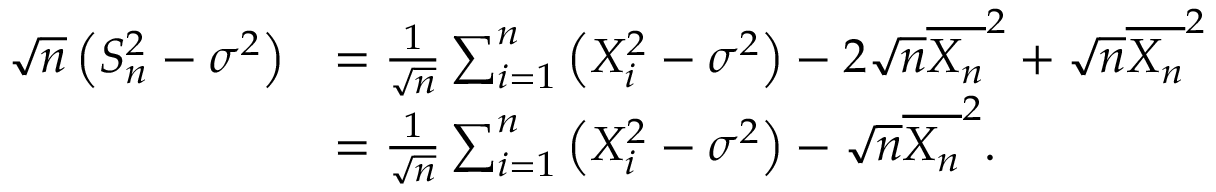
\begin{array} { r l } { \sqrt n \left( S _ { n } ^ { 2 } - \sigma ^ { 2 } \right) } & { = \frac 1 { \sqrt n } \sum _ { i = 1 } ^ { n } \left( X _ { i } ^ { 2 } - \sigma ^ { 2 } \right) - 2 \sqrt n \overline { { X _ { n } } } ^ { 2 } + \sqrt n \overline { { X _ { n } } } ^ { 2 } } \\ & { = \frac 1 { \sqrt n } \sum _ { i = 1 } ^ { n } \left( X _ { i } ^ { 2 } - \sigma ^ { 2 } \right) - \sqrt n \overline { { X _ { n } } } ^ { 2 } . } \end{array}